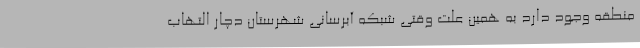
منطقه وجود دارد به همین علت وقتی شبکه آبرسانی شهرستان دچار التهاب